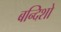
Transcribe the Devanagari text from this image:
बन्दिशो